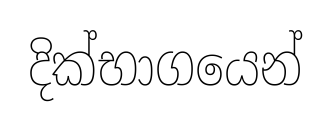
දික්භාගයෙන්